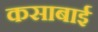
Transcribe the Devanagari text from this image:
कसाबाई